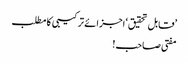
’قابل تحقیق‘ اجزائے ترکیبی کا مطلب
مفتی صاحب!